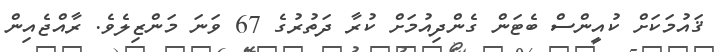
ޤައުމަކަށް ކުއީންސް ބެޓަން ގެންދިއުމަށް ކުރާ ދަތުރުގެ 67 ވަނަ މަންޒިލެވެ. ރާއްޖެއިން